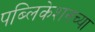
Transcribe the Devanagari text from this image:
पब्लिकेशनच्या